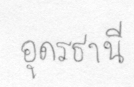
อุดรธานี